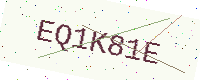
Text: EQ1K81E